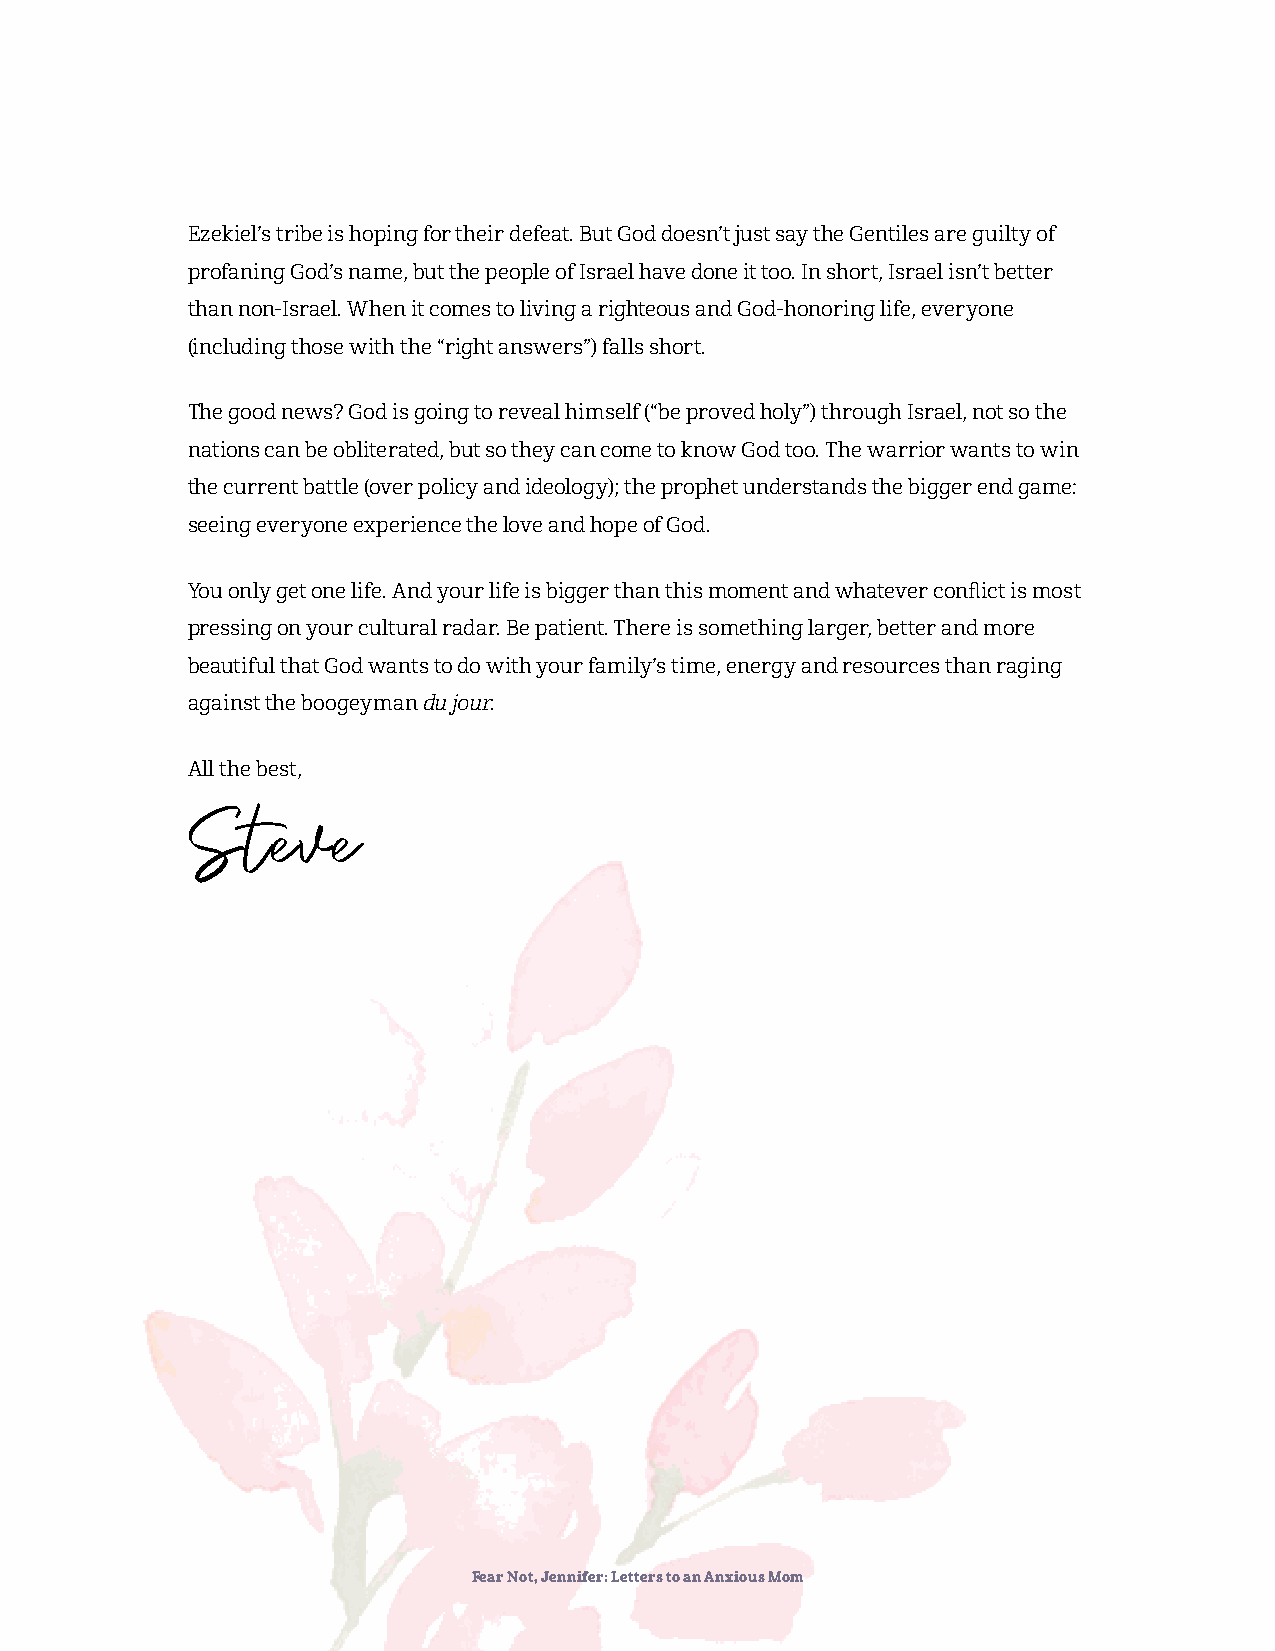
Ezekiel’s tribe is hoping for their defeat. But God doesn’t just say the Gentiles are guilty of
 profaning God’s name, but the people of Israel have done it too. In short, Israel isn’t better
 than non-Israel. When it comes to living a righteous and God-honoring life, everyone
 (including those with the “right answers”) falls short.
 The good news? God is going to reveal himself (“be proved holy”) through Israel, not so the
 nations can be obliterated, but so they can come to know God too. The warrior wants to win
 the current battle (over policy and ideology); the prophet understands the bigger end game:
 seeing everyone experience the love and hope of God.
 You only get one life. And your life is bigger than this moment and whatever conflict is most
 pressing on your cultural radar. Be patient. There is something larger, better and more
 beautiful that God wants to do with your family’s time, energy and resources than raging
 against the boogeyman du jour.
 All the best,
 Steve
 Fear Not, Jennifer: Letters to an Anxious Mom